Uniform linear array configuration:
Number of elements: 64
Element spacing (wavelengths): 1
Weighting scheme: binomial
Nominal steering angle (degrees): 45
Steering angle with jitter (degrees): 45.411
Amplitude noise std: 0.05
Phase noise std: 0.05

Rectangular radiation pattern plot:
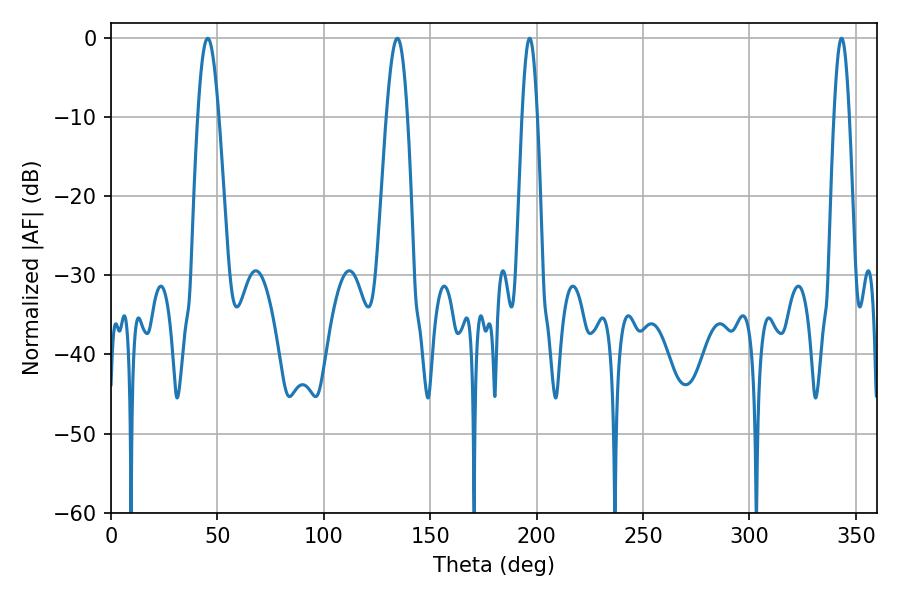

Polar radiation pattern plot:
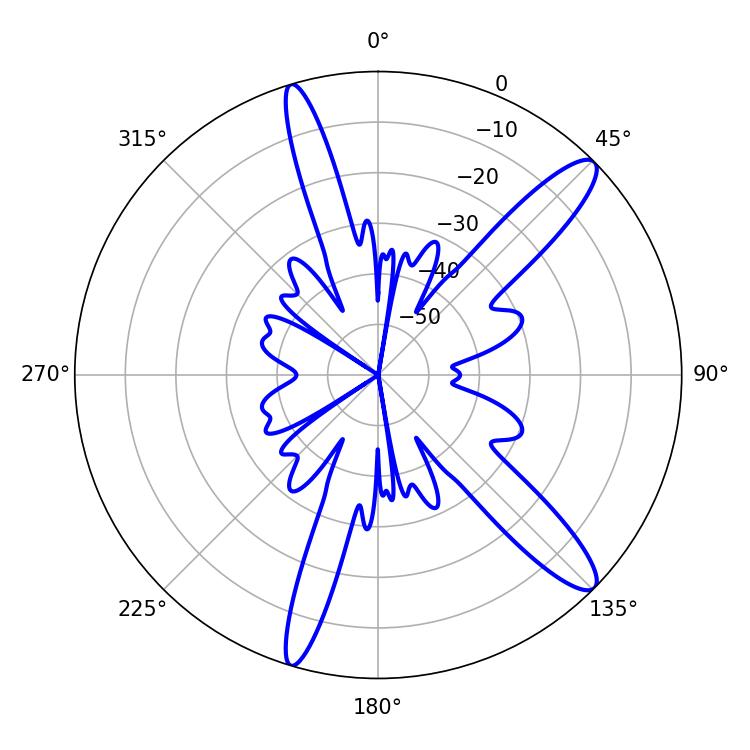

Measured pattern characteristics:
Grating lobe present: TRUE
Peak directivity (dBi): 12.871
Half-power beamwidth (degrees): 3.78
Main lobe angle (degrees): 196.74